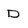
Character: D